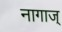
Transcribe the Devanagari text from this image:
नागाज्